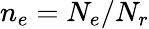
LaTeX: n_{e}=N_{e}/N_{r}